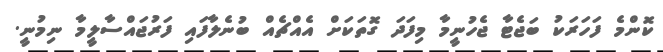
ކޮންމެ ފަހަރަކު ބަޖެޓާ ޖެހުނީމާ މިފަދަ ގޮތަކަށް އެއްޗެއް ބުނެލާފައި ފަރުޖައްސާލީމާ ނިމުނީ.